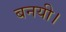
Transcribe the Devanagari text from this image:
बनयी।